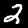
Label: 2